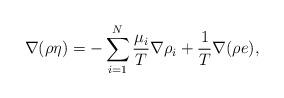
LaTeX: \begin{align*} \nabla (\rho \eta) &= -\sum_{i=1}^N \frac{\mu_i}{T} \nabla \rho_i + \frac{1}{T} \nabla(\rho e) ,\end{align*}